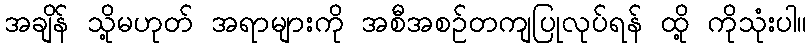
အချိန် သို့မဟုတ် အရာများကို အစီအစဉ်တကျပြုလုပ်ရန် ထို့ ကိုသုံးပါ။